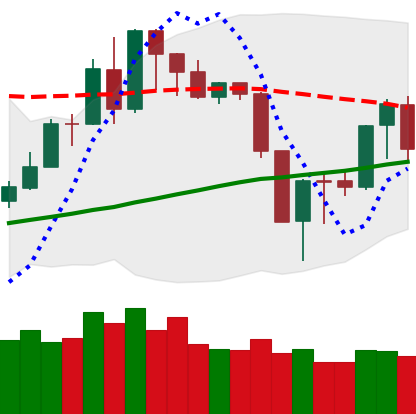
Ticker: XMR-USD
Chart end date: 2019-08-20
Forward return: -6.261%
Label: down_5_7